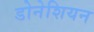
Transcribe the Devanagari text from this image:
डोनेशियन